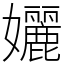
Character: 孋